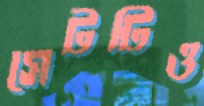
সেটটিও